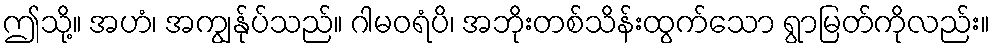
ဤသို့။ အဟံ၊ အကျွန်ုပ်သည်။ ဂါမဝရံပိ၊ အဘိုးတစ်သိန်းထွက်သော ရွာမြတ်ကိုလည်း။